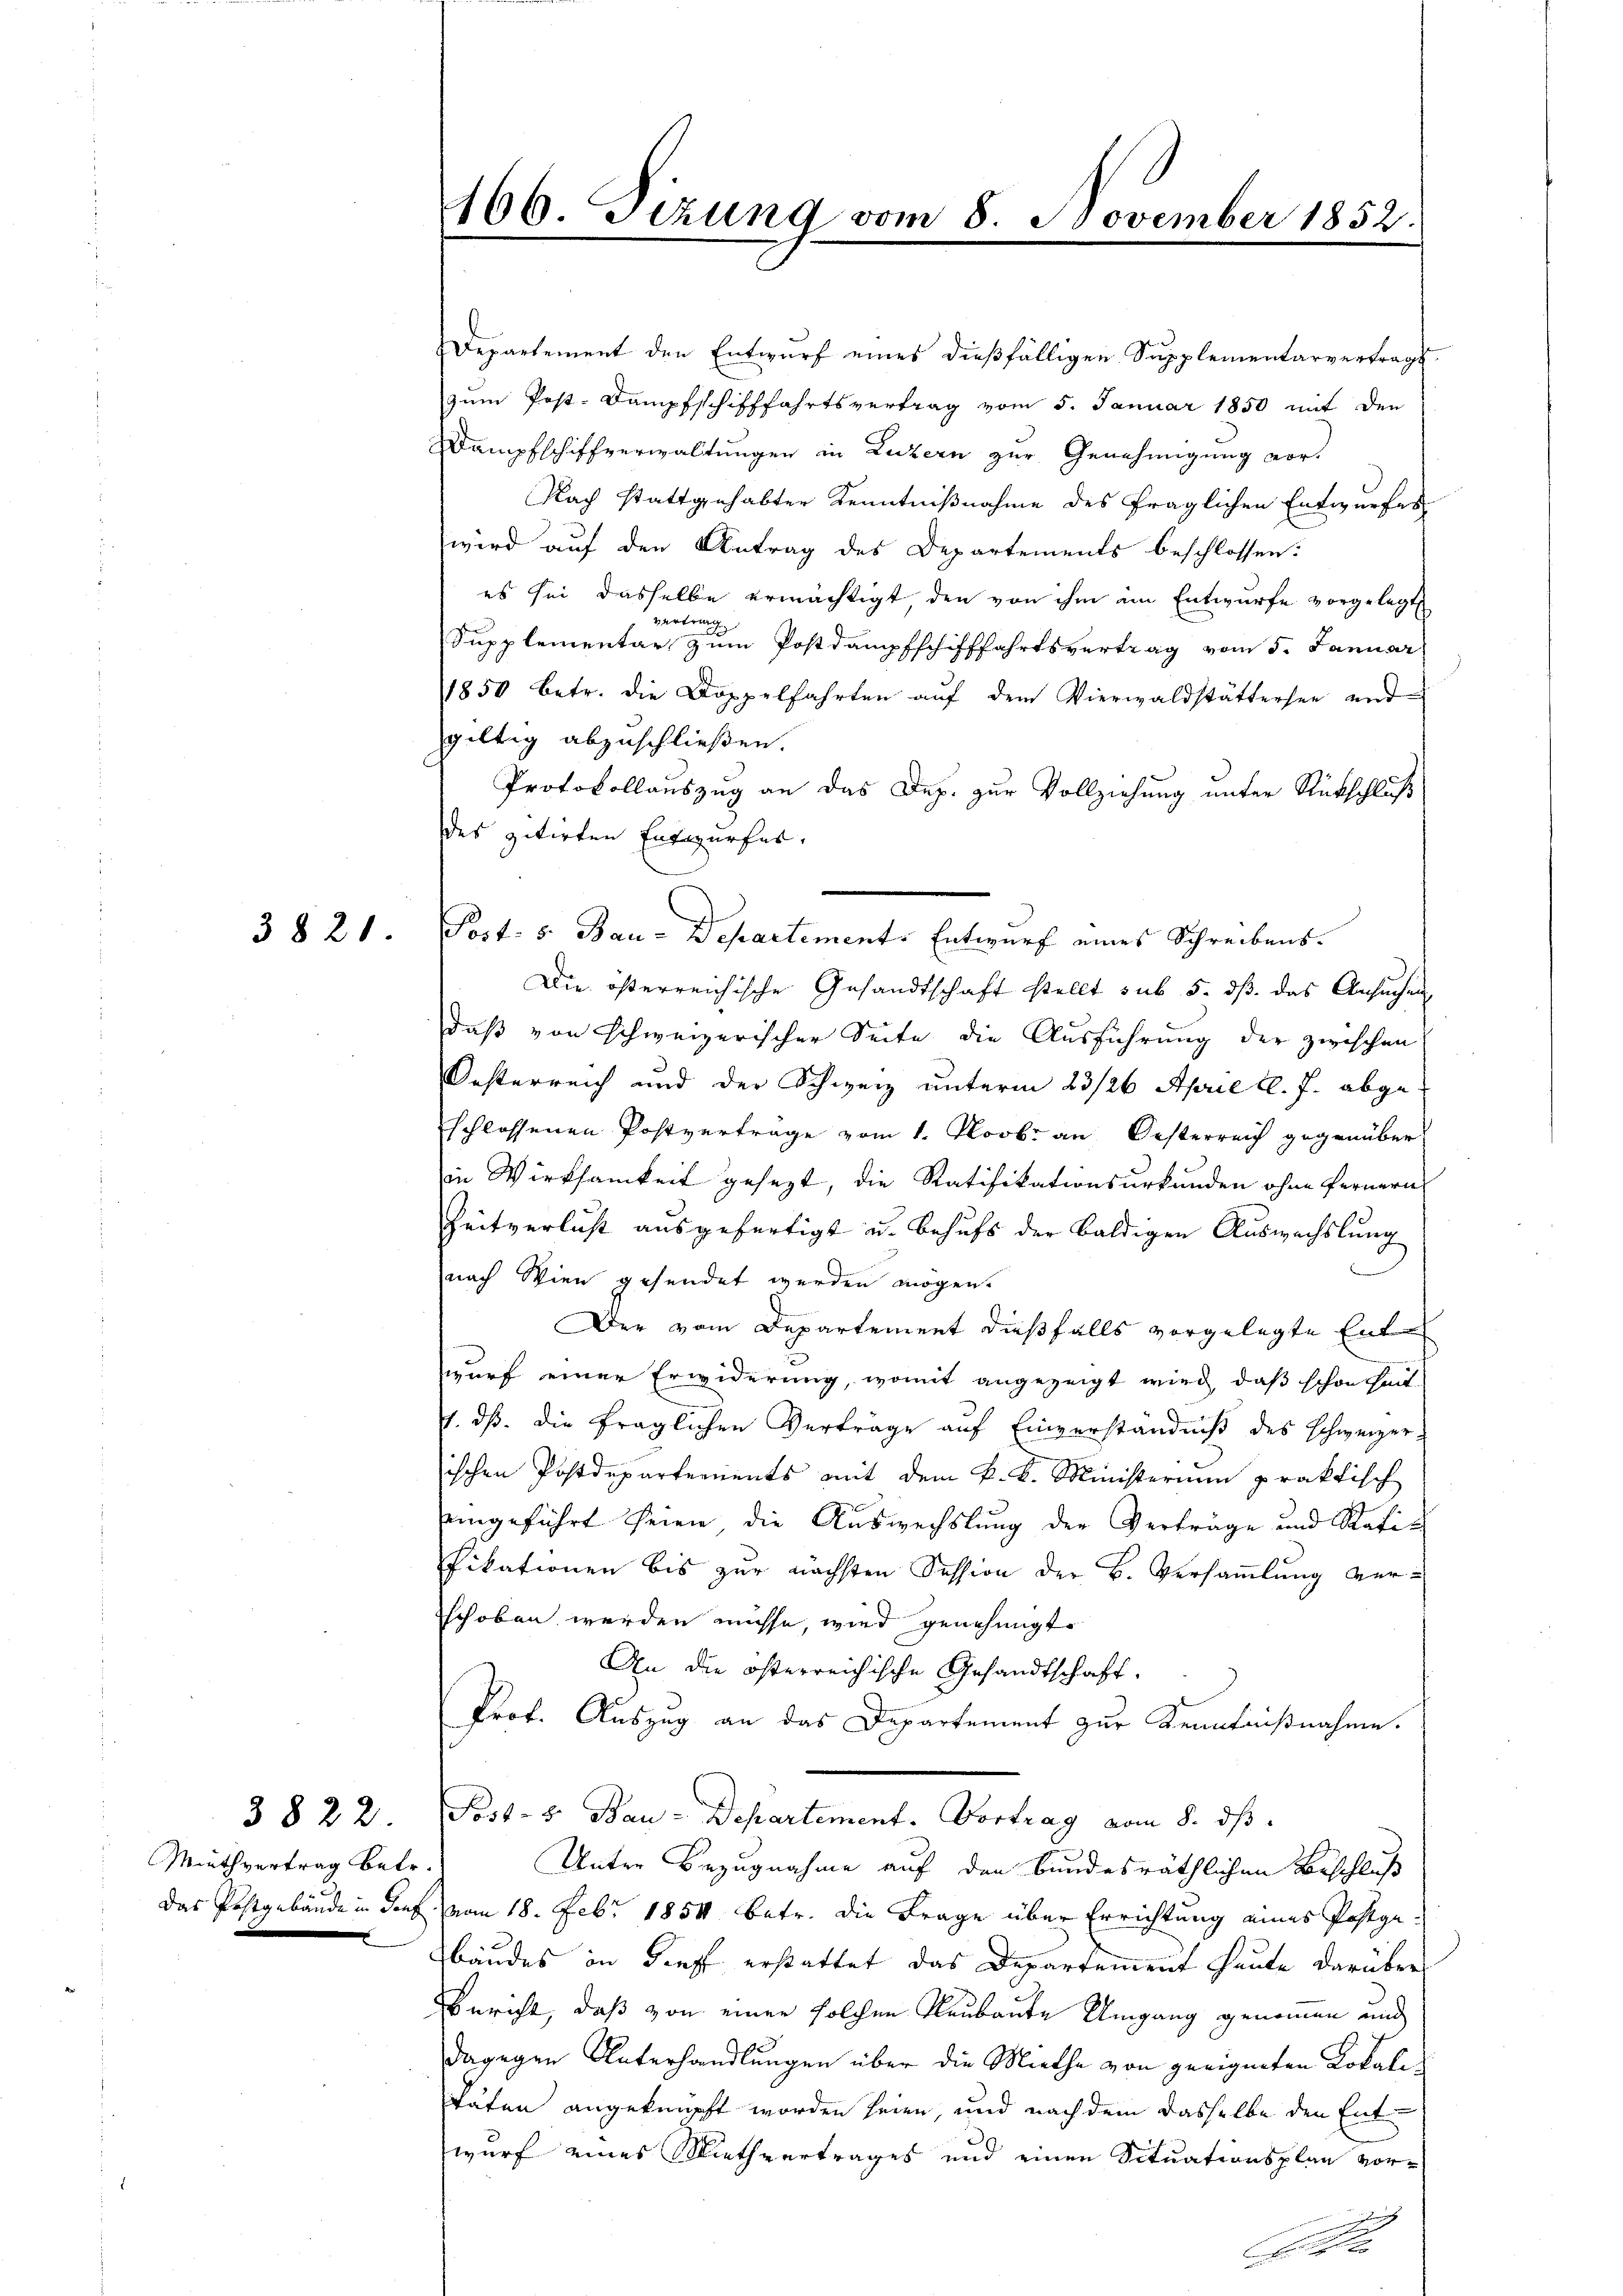
3821.

3822.
Muthvertrag betr.

466. Sizung vom 8. November 1852.

Departement den Entwurf eines dießfälligen Supplementarvertrags
zum Post-Dampfschifffahrtsvertrag vom 5. Januar 1850 mit den
Dampfschiffverwaltungen in Luzern zur Genehmigung vor¬
Nach stattgehabter Kenntnißnahme des fraglichen Entwurfes
wird auf den Antrag des Departements beschlossen:
es sei dasselbe ermächtigt, den von ihm am Entwurfe vorgelegt
vertrag
Supplementar zum Postdampfschifffahrtsvertrag vom 5. Januar
1850 betr. die Doppelfahrten aŭf dem Vierwaldstättersee und
giltig abzuschließen.
Protokollauszug an das Dep. zur Vollziehung unter Rückschluß
Des zitirten Entwurfer.
Post. S. Bau-Departemente Entwurf eines Schreibens-
Die österreichische Gesandtschaft stellt sub 5. dß das Ansuchen
daß von schweizerischer Seite die Ausführung der zwischen
Oesterreich und der Schweiz unterm 23/26. April l. J. abgeschlossenen Postverträge vom 1. Novbr. an Oesterreich gegenüber
in Wirksamkeit gesezt, die Ratifikationsurkunden ohne fernern
Zeitverlust ausgefertigt u. behufs der baldigen Auswechslung
nach Wien gesendet werden mögen.
Der vom Departement dießfalls vorgelegte Entwurf einer Erwiderung, womit angezeigt wird, daß schönheit
1. dß. die fraglichen Verträge auf Einverständniß des Schweizerischen Postdepartements mit dem k. k. Ministerium praktisch
eingeführt seien, die Auswechslung der Verträge und Ratifikationen bis zur nächsten Session der B. Versammlung ver-
schoben werden müsse, wird genehmigt.
An die österreichische Gesandtschaft.
Prof. Auszug an das Departement zur Kenntnißnahme.
Post- & Bau-Departement. Vortrag vom 8. ds.
Unter Bezugnahme auf den bundesräthlichen Beschluß
Das Postgebäude in ders vom 18. Febr. 1854 betr. die Frage über Errichtung eines Postge-
bäudes in Dieff erstattet das Departement heute darüber
Bericht, daß von einen solchen Neubaute Umgang genommen und
dagegen Unterhandlungen über die Miethe von geeigneten Lokali¬
Täten angeknüpft worden seien, und nach dem dasselbe den Entwurf eines Miethvertrages und einen Situationsplan vor¬
O